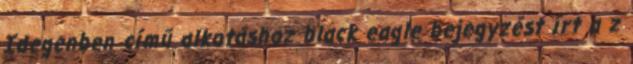
Idegenben című alkotáshoz black eagle bejegyzést írt a z